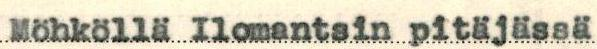
Möhköllä Ilomantsin pitäjässä